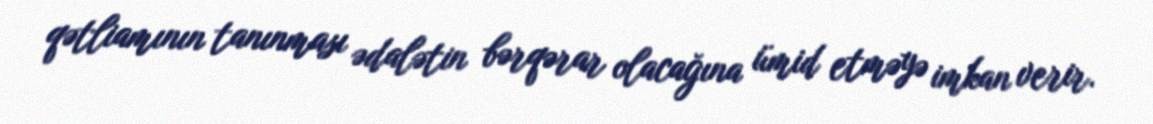
qətliamının tanınması ədalətin bərqərar olacağına ümid etməyə imkan verir.